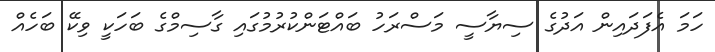
ހަމަ އެފަދައިން އަދުގެ ސިޔާސީ މަސްރަހު ބައްޓަންކުރުމުގައި ގާސިމްގެ ބަހަކީ ވިކޭ ބަހެއް